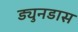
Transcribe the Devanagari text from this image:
ड्युनडास